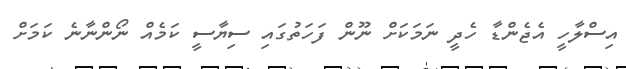
އިސްލާހީ އެޖެންޑާ ހެދީ ނަމަކަށް ނޫން ފަހަަތުގައި ސިޔާސީ ކަމެއް ނޯންނާނެ ކަމަށް